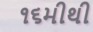
૧૬મીથી